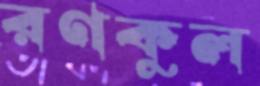
রণকুল